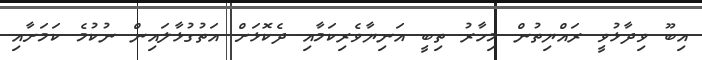
އިބޫ ވިދާޅުވީ ރައްޔިތުން މިހާރު ތިބީ އަނިޔާވެރިކަމާއި ދެކޮޅަށް އަތުގުޅާލައިން ނުކުމެ ކަމަށާއި